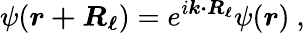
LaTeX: \psi({\boldsymbol{r+R_{\ell}}})=e^{i{\boldsymbol{k\cdot R_{\ell}}}}\psi({\boldsymbol{r}})\ ,